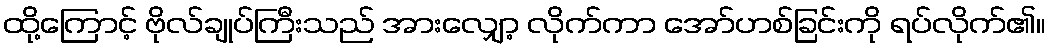
ထို့ကြောင့် ဗိုလ်ချုပ်ကြီးသည် အားလျှော့ လိုက်ကာ အော်ဟစ်ခြင်းကို ရပ်လိုက်၏။